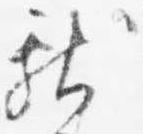
献